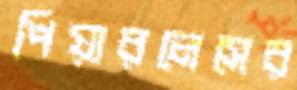
পিয়ারলেসের